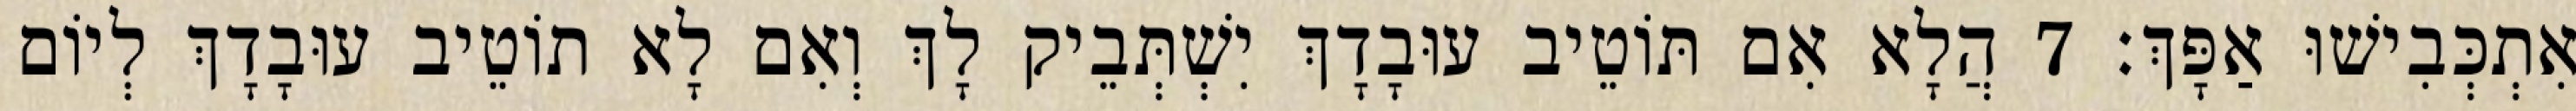
אִתְכְּבִישׁוּ אַפָּךְ׃ 7 הֲלָא אִם תּוֹטֵיב עוּבָדָךְ יִשְׁתְּבֵיק לָךְ וְאִם לָא תוֹטֵיב עוּבָדָךְ לְיוֹם